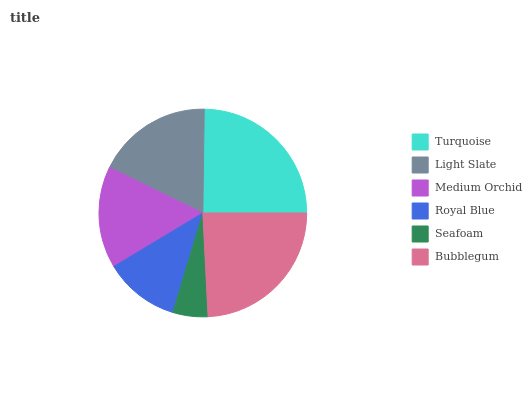
| Turquoise | Light Slate | Medium Orchid | Royal Blue | Seafoam | Bubblegum |
 | --- | --- | --- | --- | --- | --- |
 | 24.8% | 18% | 15.8% | 11.7% | 5.44% | 24.2% |